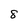
Character: 8